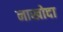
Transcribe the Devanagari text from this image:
नाखोदा